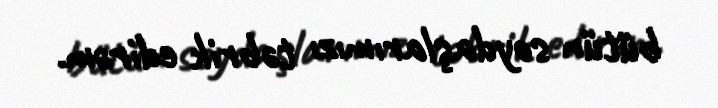
bütün soydaşlarımızı təbrik edirəm.